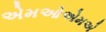
એમઓએમએ